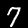
Digit: 7